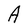
Character: A